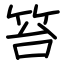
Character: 笞